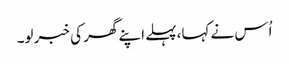
اُس نے کہا،پہلے اپنے گھر کی خبر لو۔